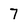
Character: 7